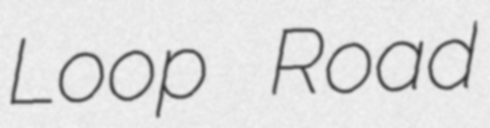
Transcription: Loop Road